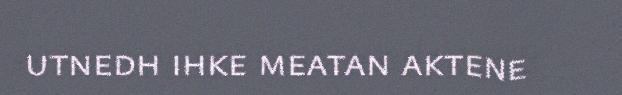
utnedh ihke meatan aktene